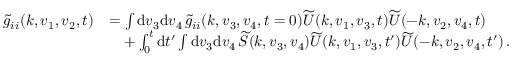
\begin{array} { r l } { \widetilde { g } _ { i i } ( \boldsymbol { k } , \boldsymbol { v } _ { 1 } , \boldsymbol { v } _ { 2 } , t ) } & { = \int \mathrm { d } \boldsymbol { v } _ { 3 } \mathrm { d } \boldsymbol { v } _ { 4 } \, \widetilde { g } _ { i i } ( \boldsymbol { k } , \boldsymbol { v } _ { 3 } , \boldsymbol { v } _ { 4 } , t = 0 ) \widetilde { U } ( \boldsymbol { k } , \boldsymbol { v } _ { 1 } , \boldsymbol { v } _ { 3 } , t ) \widetilde { U } ( - \boldsymbol { k } , \boldsymbol { v } _ { 2 } , \boldsymbol { v } _ { 4 } , t ) } \\ & { \phantom { = } + \int _ { 0 } ^ { t } \mathrm { d } t ^ { \prime } \int \mathrm { d } \boldsymbol { v } _ { 3 } \mathrm { d } \boldsymbol { v } _ { 4 } \, \widetilde { S } ( \boldsymbol { k } , \boldsymbol { v } _ { 3 } , \boldsymbol { v } _ { 4 } ) \widetilde { U } ( \boldsymbol { k } , \boldsymbol { v } _ { 1 } , \boldsymbol { v } _ { 3 } , t ^ { \prime } ) \widetilde { U } ( - \boldsymbol { k } , \boldsymbol { v } _ { 2 } , \boldsymbol { v } _ { 4 } , t ^ { \prime } ) \, . } \end{array}